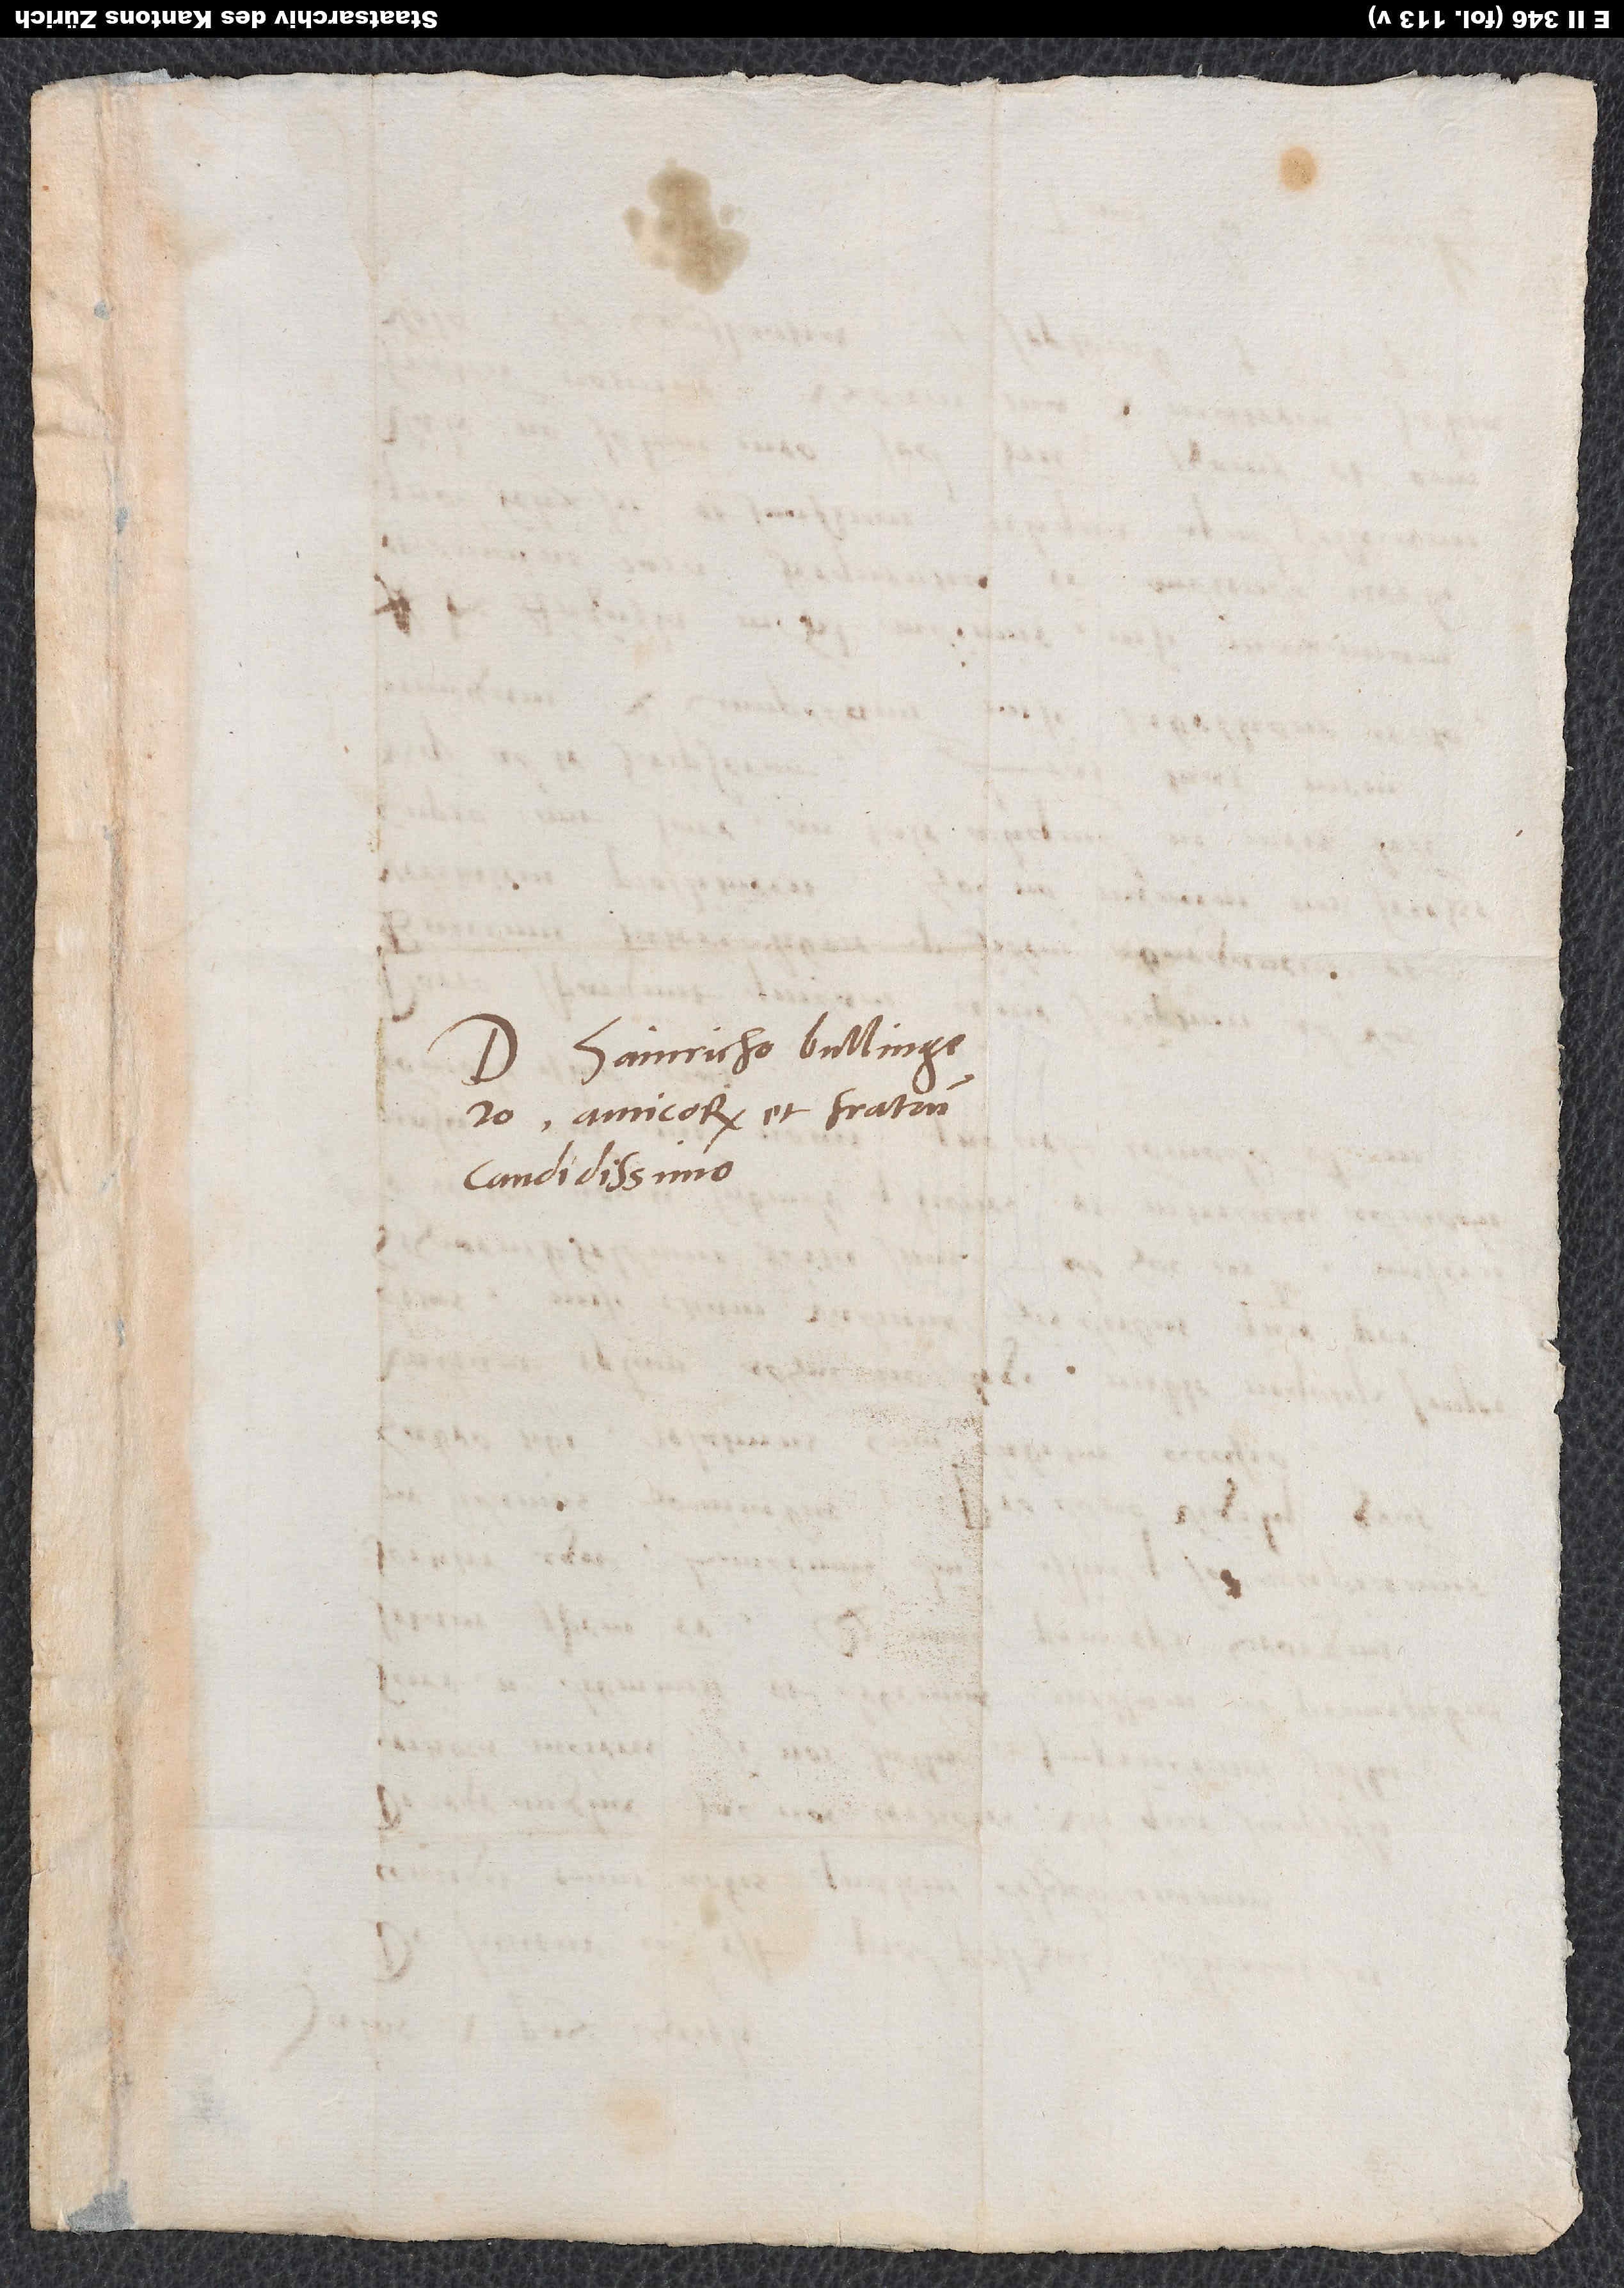
Domino Hainricho Bullingero,
amicorum et fratrum
candidissimo.